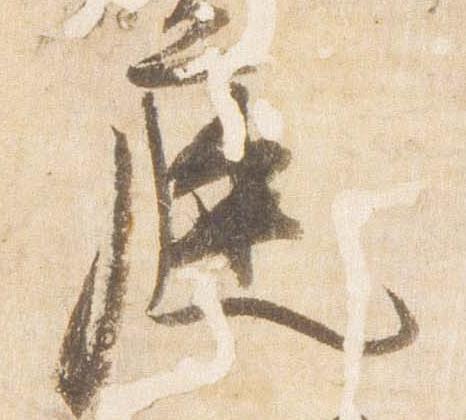
庭